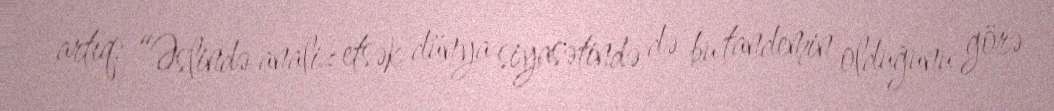
artıq: “Əslində analiz etsək dünya siyasətində də bu tandemin olduğunu görə